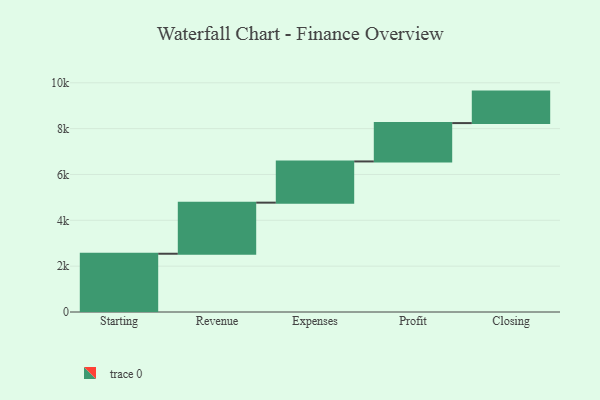
{"axis": {"x": "Step", "y": "Value"}, "legend": [""], "data": [{"x": "Starting", "y": 2542.0, "type": ""}, {"x": "Revenue", "y": 2229.0, "type": ""}, {"x": "Expenses", "y": 1798.0, "type": ""}, {"x": "Profit", "y": 1673.0, "type": ""}, {"x": "Closing", "y": 1374.0, "type": ""}]}